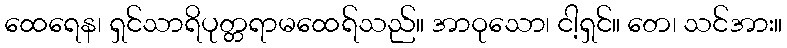
ထေရေန၊ ရှင်သာရိပုတ္တရာမထေရ်သည်။ အာဝုသော၊ ငါ့ရှင်။ တေ၊ သင်အား။